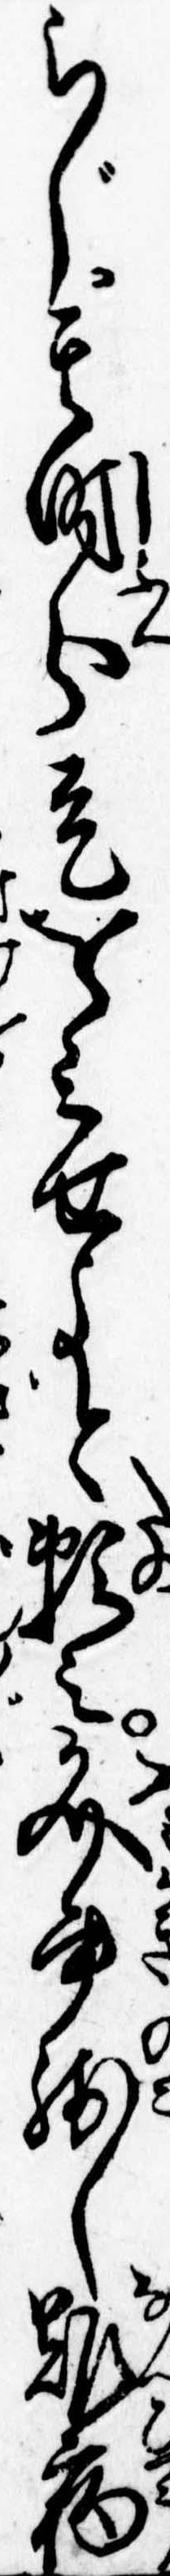
らじ其時分是をみせよと頼み文書残し難病